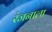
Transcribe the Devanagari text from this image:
रंजनाला